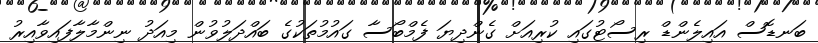
ބަނޑޮސް އައިލެންޑް ރިސޯޓުގައި ކުރިއަށް ގެންދިޔަ ފެމްބޯސާ ގައުމުތަކުގެ ބައްދަލުވުން މިއަދު ނިންމާލާފައިވާއިރު